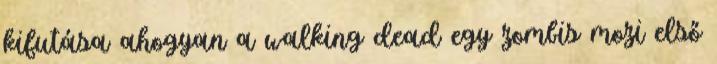
kifutása ahogyan a walking dead egy zombis mozi első